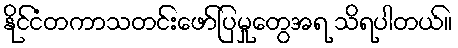
နိုင်ငံတကာသတင်းဖော်ပြမှုတွေအရ သိရပါတယ်။